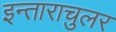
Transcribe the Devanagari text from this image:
इन्ताराचुलर